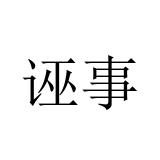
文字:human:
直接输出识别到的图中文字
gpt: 诬事